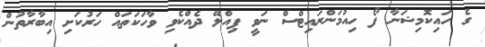
ގެ ހައިކޮމިޝަނާ ފޯ ހިއުމަންރައިޓްސް ނަވީ ޕިއްލޭ ދެއްކެވި ވާހަކަތައް ހަރުކަށި އިބާރާތުން